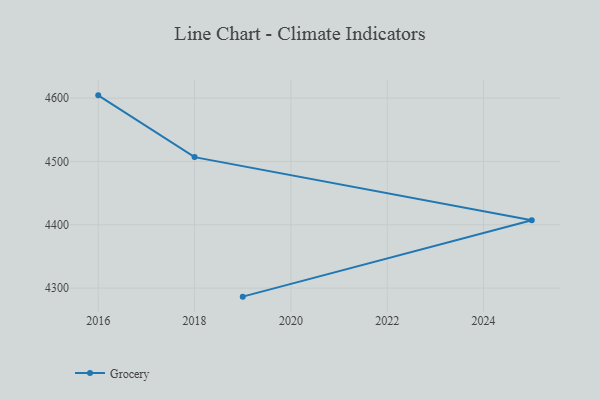
{"axis": {"x": "Year", "y": "Production Output"}, "legend": ["Grocery"], "data": [{"x": "2016", "y": 4604.3, "type": "Grocery"}, {"x": "2018", "y": 4506.8, "type": "Grocery"}, {"x": "2025", "y": 4407.0, "type": "Grocery"}, {"x": "2019", "y": 4286.5, "type": "Grocery"}]}